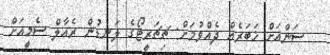
ސަންއަށް ޚަބަރެއް ދެއްވުމަށް: ޗިޗަރީޓޯގެ ލަނޑުން ރެއާލް ސެމީއަށް